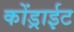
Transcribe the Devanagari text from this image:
कोंड्राईट